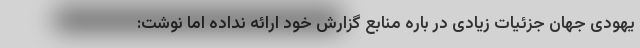
یهودی جهان جزئیات زیادی در باره منابع گزارش خود ارائه نداده اما نوشت: